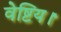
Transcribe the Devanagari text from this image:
वेष्टिय।